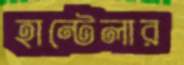
হান্টেলার